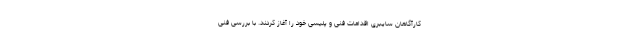
کارآگاهان سایبری اقدامات فنی و پلیسی خود را آغاز کردند. با بررسی فنی